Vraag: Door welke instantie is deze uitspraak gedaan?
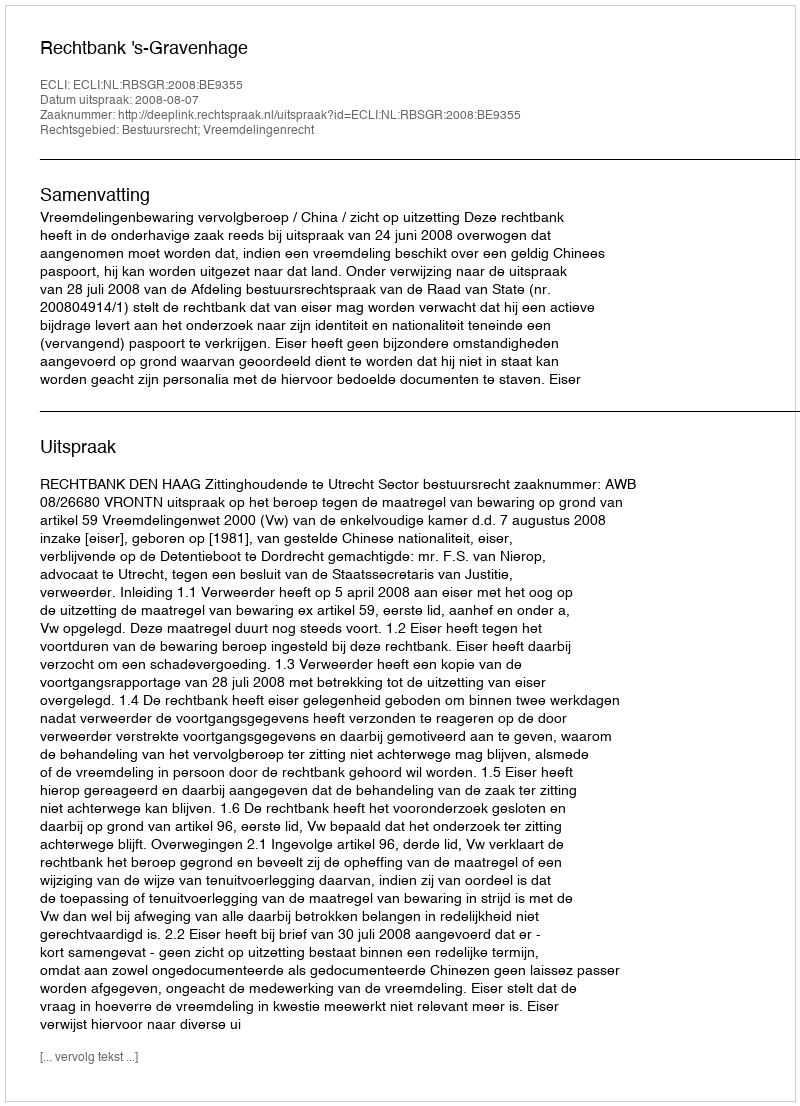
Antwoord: Rechtbank 's-Gravenhage